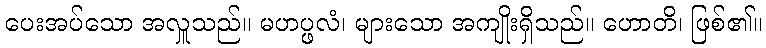
ပေးအပ်သော အလှူသည်။ မဟပ္ဖလံ၊ များသော အကျိုးရှိသည်။ ဟောတိ၊ ဖြစ်၏။